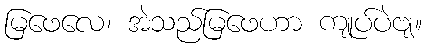
မြဖေလေ၊ အဲသည်မြဖေဟာ ကျုပ်ပဲဗျ။